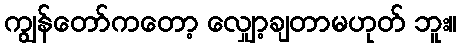
ကျွန်တော်ကတော့ လျှော့ချတာမဟုတ် ဘူး။